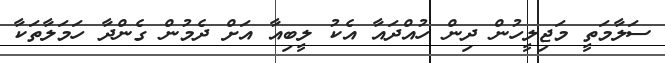
ސަލާމަތީ މަޖިލީހުން ދިން ހުއްދައާ އެކު ލީބިއާ އަށް ދެމުން ގެންދާ ހަމަލާތަކާ